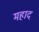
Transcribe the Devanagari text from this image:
महाद